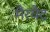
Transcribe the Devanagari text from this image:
मैरयैट